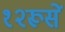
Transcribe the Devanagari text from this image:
१२रूसें